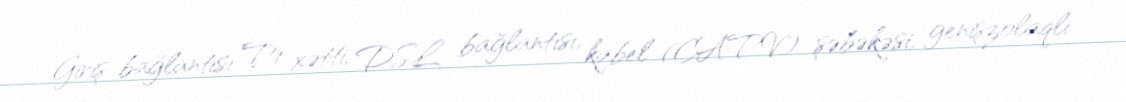
Giriş bağlantısı T1 xətti, DSL bağlantısı, kabel (CATV) şəbəkəsi, genişzolaqlı